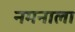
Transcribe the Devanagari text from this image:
नमनाला